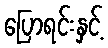
ပြောရင်းနှင့်